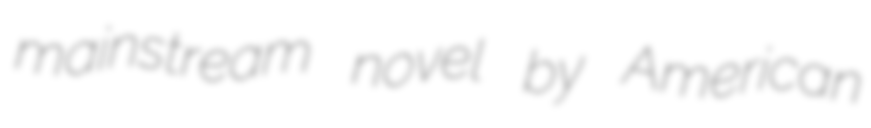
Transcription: mainstream novel by American